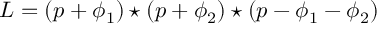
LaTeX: L = ( p + \phi _ { 1 } ) \star ( p + \phi _ { 2 } ) \star ( p - \phi _ { 1 } - \phi _ { 2 } )